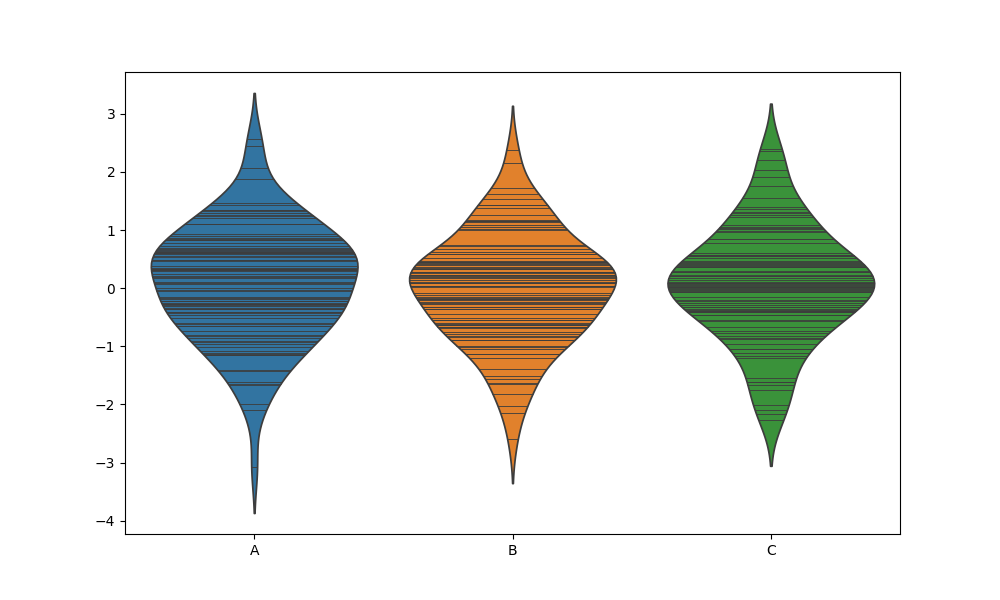
python, seaborn, violinplot, scale='area', split='False', inner='stick', fill='True'